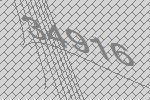
34916